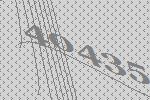
40435